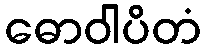
ဓောဝါပိတံ